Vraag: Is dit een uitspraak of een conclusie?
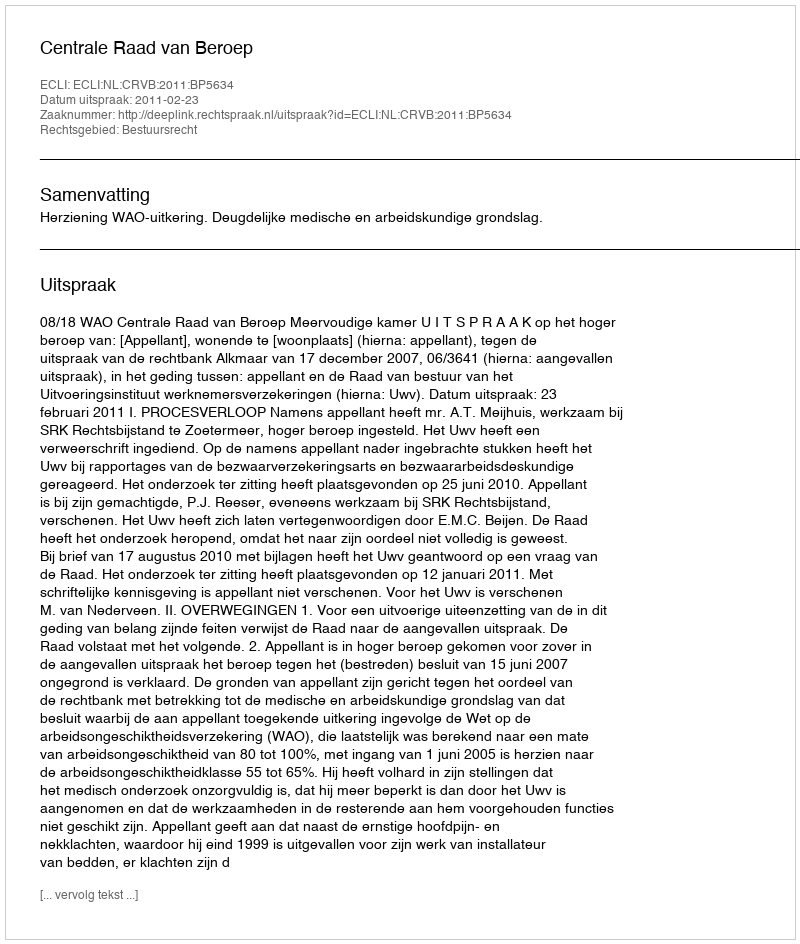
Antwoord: Uitspraak